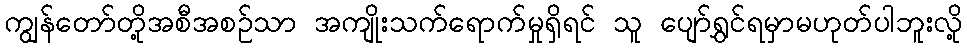
ကျွန်တော်တို့အစီအစဉ်သာ အကျိုးသက်ရောက်မှုရှိရင် သူ ပျော်ရွှင်ရမှာမဟုတ်ပါဘူးလို့